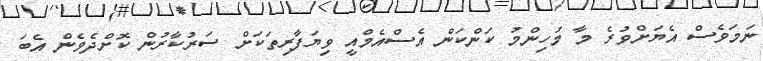
ނަމަވެސް އެޔަށްވުރެ މާ މުހިންމު ކަންކަން އެސްއެމްއީ ވިޔަފާރިތަކަށް ސަރުކާރުން ކޮށްދެވެން އެބަ